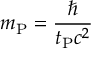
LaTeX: m _ { \mathrm { P } } = { \frac { \hbar } { t _ { \mathrm { P } } c ^ { 2 } } }